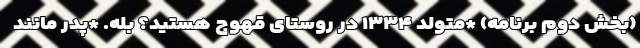
(بخش دوم برنامه) *متولد ۱۳۳۴ در روستای قهوج هستید؟ بله. *پدر مانند